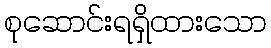
စုဆောင်းရရှိထားသော